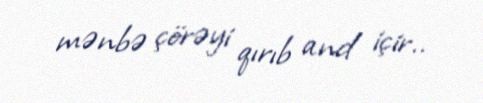
mənbə çörəyi qırıb and içir..